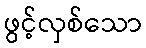
ဖွင့်လှစ်သော